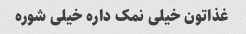
غذاتون خیلی نمک داره خیلی شوره